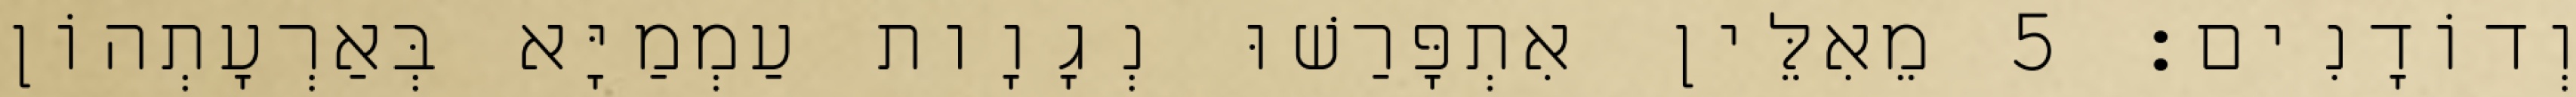
וְדוֹדָנִים׃ 5 מֵאִלֵּין אִתְפָּרַשׁוּ נְגָוָות עַמְמַיָּא בְּאַרְעָתְהוֹן